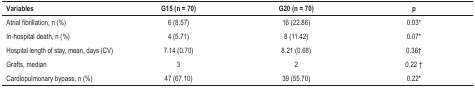
<table><thead><tr><td><b>Variables</b></td><td><b>G15 (n = 70)</b></td><td><b>G20 (n = 70)</b></td><td><b>p</b></td></tr></thead><tbody><tr><td>Atrial fibrillation, n (%)</td><td>6 (8.57)</td><td>16 (22.86)</td><td>0.03*</td></tr><tr><td>In-hospital death, n (%)</td><td>4 (5.71)</td><td>8 (11.42)</td><td>0.07*</td></tr><tr><td>Hospital length of stay, mean, days (CV)</td><td>7.14 (0.70)</td><td>8.21 (0.68)</td><td>0.36<sup>†</sup></td></tr><tr><td>Grafts, median</td><td>3</td><td>2</td><td>0.22 <sup>†</sup></td></tr><tr><td>Cardiopulmonary bypass, n (%)</td><td>47 (67.10)</td><td>39 (55.70)</td><td>0.22*</td></tr></tbody></table>